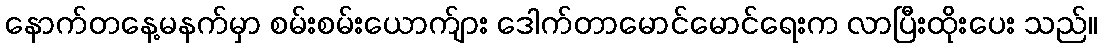
နောက်တနေ့မနက်မှာ စမ်းစမ်းယောက်ျား ဒေါက်တာမောင်မောင်ရေးက လာပြီးထိုးပေး သည်။